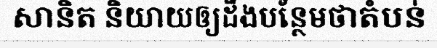
សានិត និយាយឲ្យដឹងបន្ថែមថាតំបន់